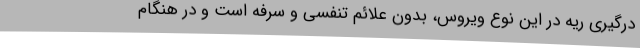
درگیری ریه در این نوع ویروس، بدون علائم تنفسی و سرفه است و در هنگام